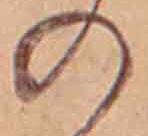
の